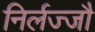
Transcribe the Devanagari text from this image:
निर्लज्जौ